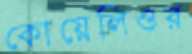
কোয়েলিওর